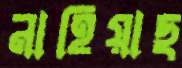
নাহিয়াছ